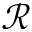
\mathcal { R }